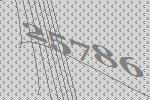
25786